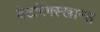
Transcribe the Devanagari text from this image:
वेटरिंगस्खान्स